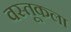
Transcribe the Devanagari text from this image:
वस्तूकला